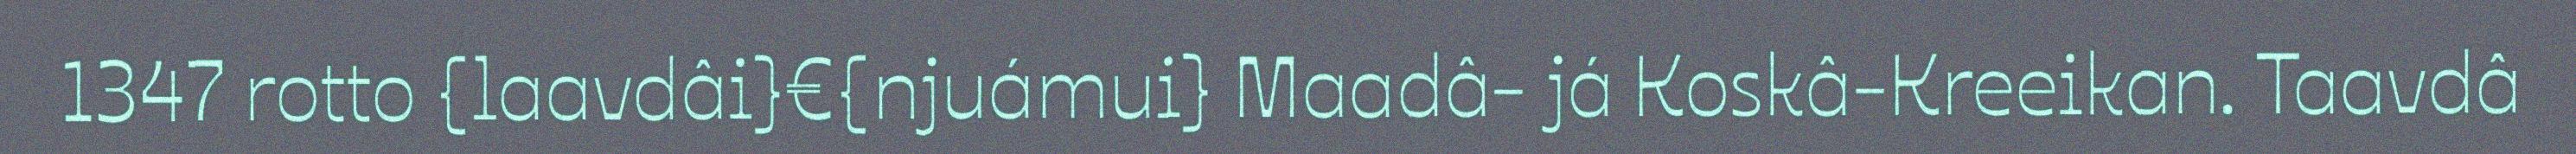
1347 rotto {laavdâi}€{njuámui} Maadâ- já Koskâ-Kreeikan. Taavdâ